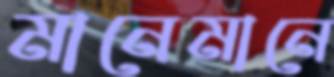
মানেমানে